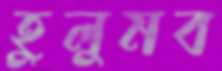
হুলুমব